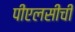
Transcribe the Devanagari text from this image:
पीएलसीची